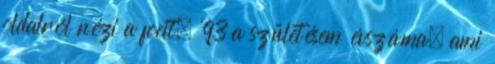
oldalról nézi a focit. ’93 a születésem évszáma, ami